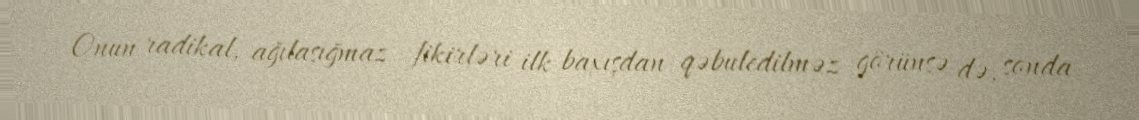
Onun radikal, ağılasığmaz fikirləri ilk baxışdan qəbuledilməz görünsə də, sonda